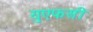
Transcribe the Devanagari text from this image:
युएफसी